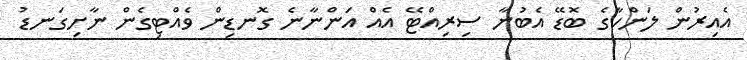
އެއިރުން ލަންކާގެ ބޮޑޭ އެބުނާ ސިރިއްޓޭ އެއް އަންނާނެ ގޮނޑިން ވެއްޓިގެން ނާށިގަނޑު